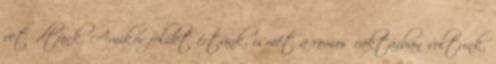
vetődtünk. Amikor földet értünk, ismét a romos raktárban voltunk.